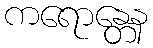
ကရောန္တေန